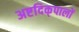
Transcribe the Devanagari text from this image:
अष्टदिक्‌पालों